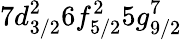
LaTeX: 7d_{3/2}^{2}6f_{5/2}^{2}5g_{9/2}^{7}